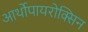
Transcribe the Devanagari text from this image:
आर्थोपायरोक्सिन